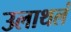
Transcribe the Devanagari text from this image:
उलाथलं